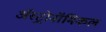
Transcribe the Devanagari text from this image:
अॅस्ट्रोनॉमिकल